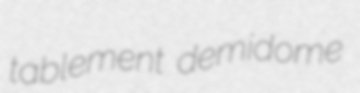
tablement demidome